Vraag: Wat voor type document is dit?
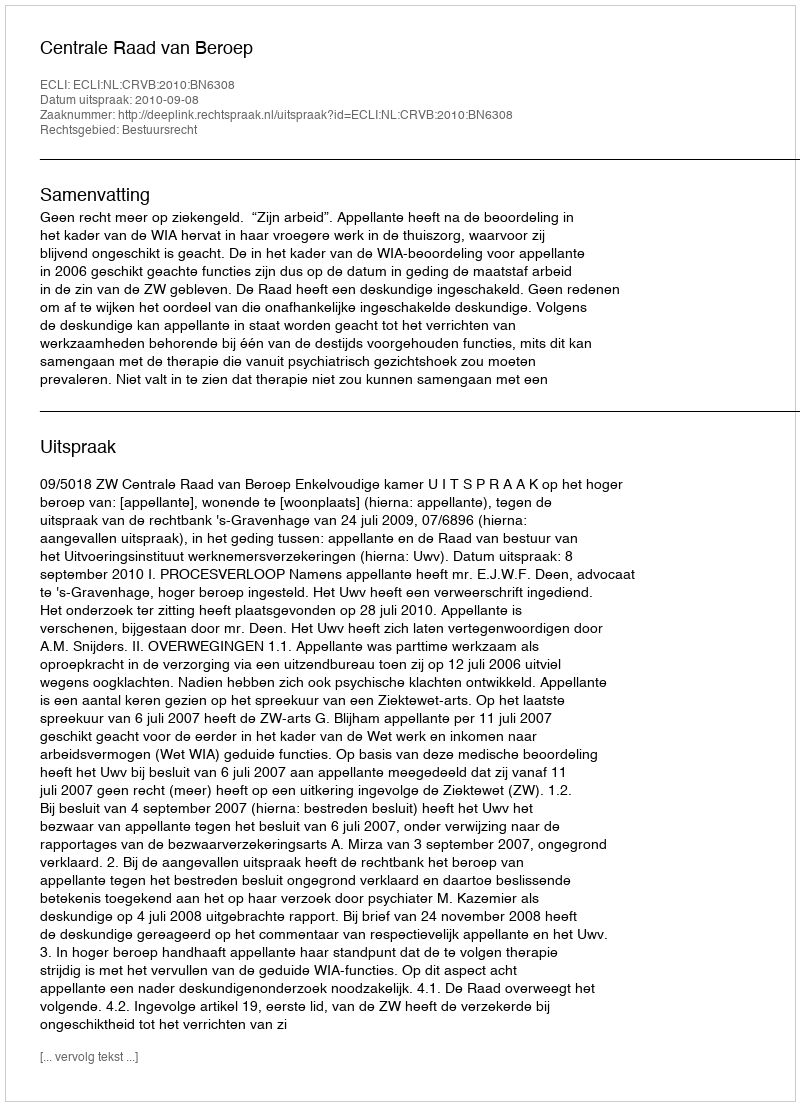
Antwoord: Uitspraak